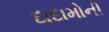
દાદામોની